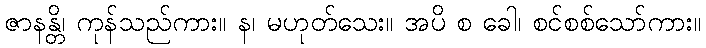
ဇာနန္တိ၊ ကုန်သည်ကား။ န၊ မဟုတ်သေး။ အပိ စ ခေါ၊ စင်စစ်သော်ကား။